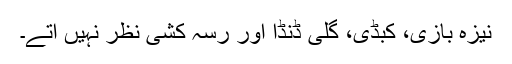
نیزہ بازی، کبڈی، گلی ڈنڈا اور رسہ کشی نظر نہیں آتے۔